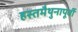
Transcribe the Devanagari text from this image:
हस्तमैथुनापूर्वी